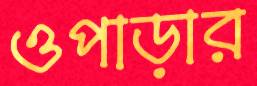
ওপাড়ার